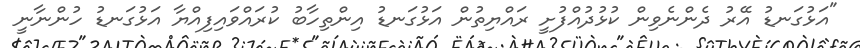
"އަޅުގަނޑު އޭރު ދެންނެވިން ކުޅުދުއްފުށީ ރައްޔިތުން އަޅުގަނޑު އިންތިހާބު ކުރައްވައިފިއްޔާ އަޅުގަނޑު ހުންނާނީ